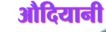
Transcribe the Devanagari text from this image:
औदियानी